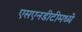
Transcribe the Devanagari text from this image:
एसएनडीटीमध्ये